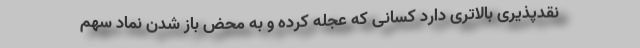
نقدپذیری بالاتری دارد کسانی که عجله کرده و به محض باز شدن نماد سهم